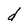
Character: d